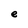
Character: e